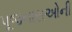
પૂજનારાઓની